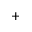
^ { + }